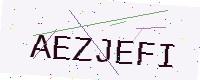
Text: AEZJEFI